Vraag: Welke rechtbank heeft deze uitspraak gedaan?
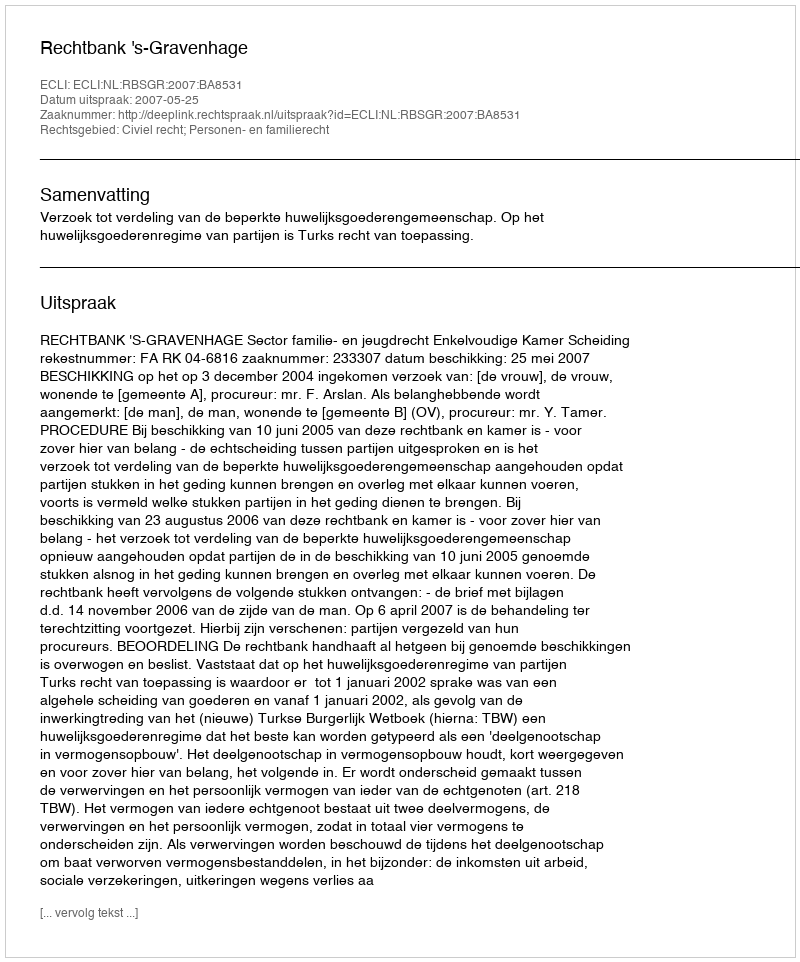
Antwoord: Rechtbank 's-Gravenhage